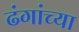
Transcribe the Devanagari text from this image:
ढंगांच्या